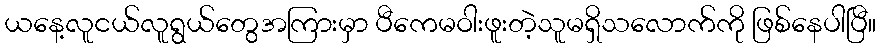
ယနေ့လူငယ်လူရွယ်တွေအကြားမှာ ပီကေမဝါးဖူးတဲ့သူမရှိသလောက်ကို ဖြစ်နေပါပြီ။